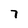
Character: 7